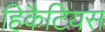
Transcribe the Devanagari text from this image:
हिकैटियस